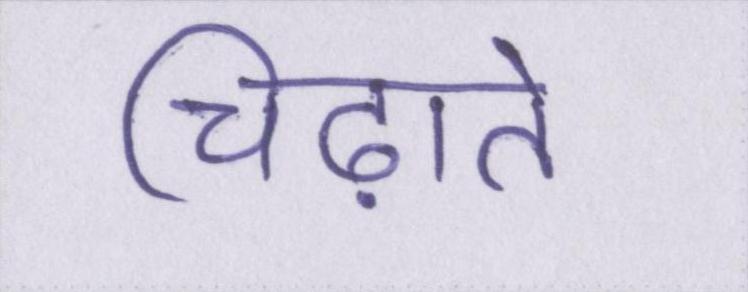
चिढ़ाते